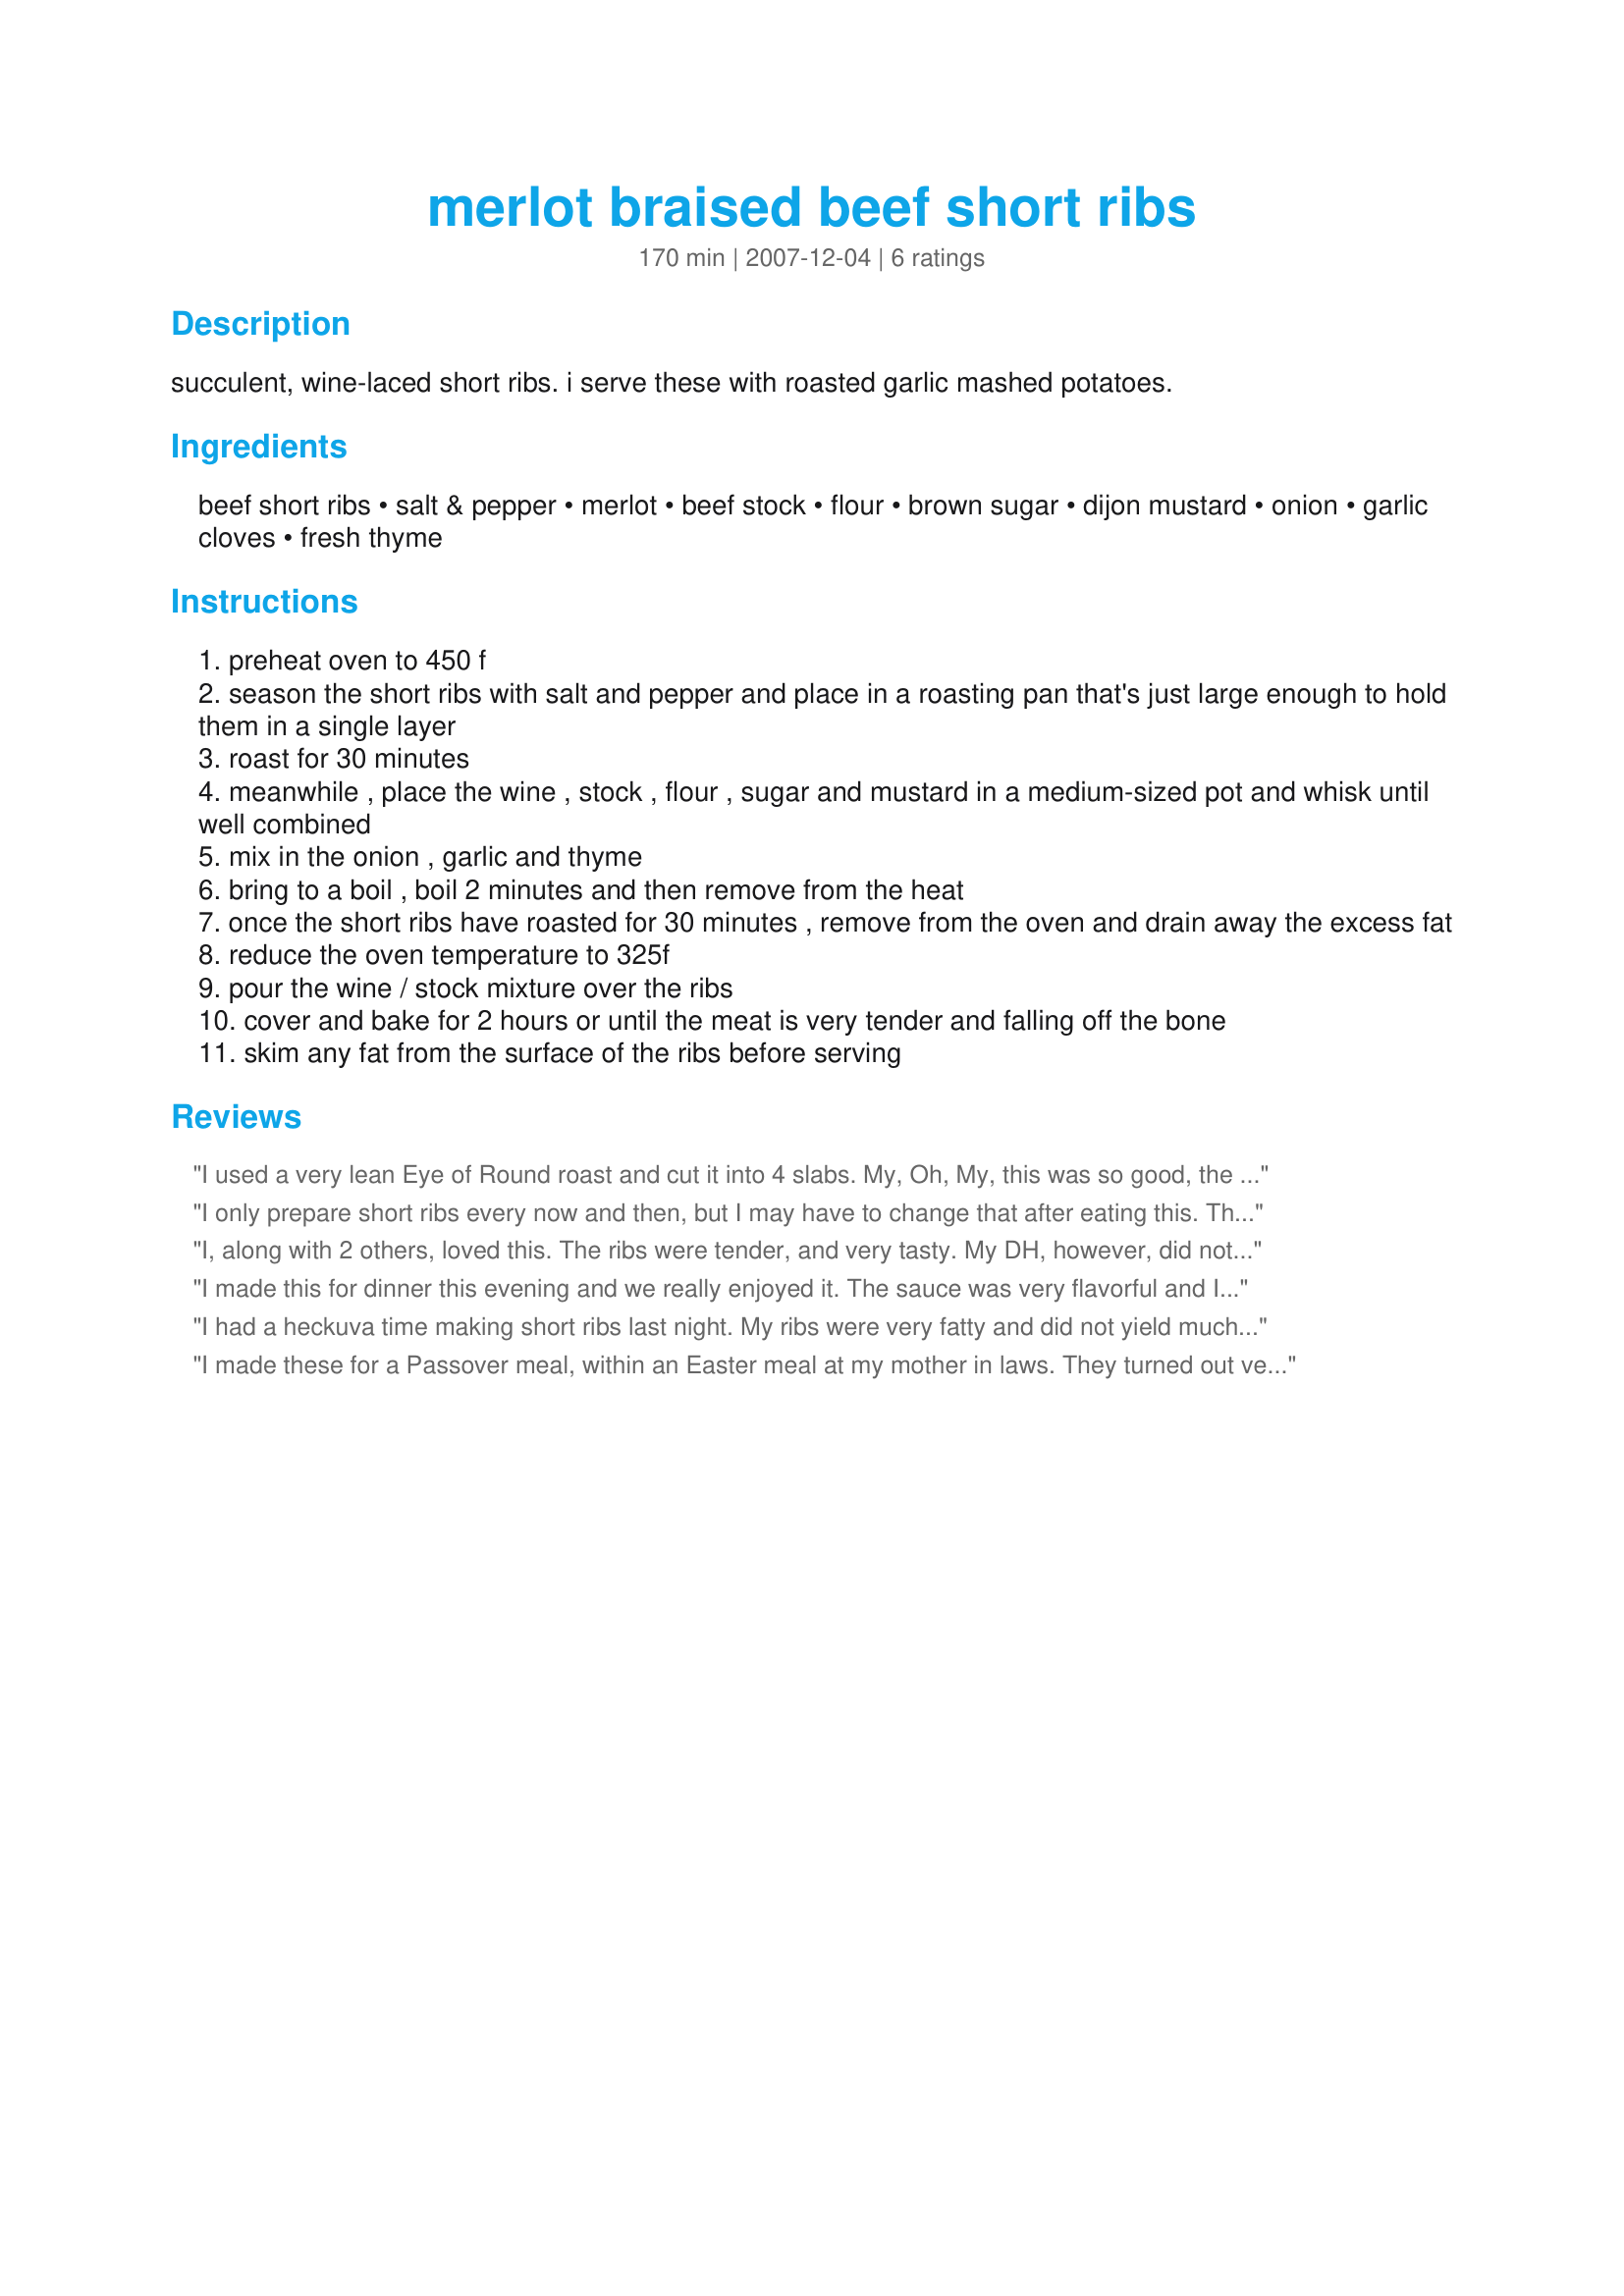
merlot braised beef short ribs
Preparation time: 170 minutes

succulent, wine-laced short ribs. i serve these with roasted garlic mashed potatoes.

Ingredients:
beef short ribs, salt & pepper, merlot, beef stock, flour, brown sugar, dijon mustard, onion, garlic cloves, fresh thyme

Steps:
preheat oven to 450 f
season the short ribs with salt and pepper and place in a roasting pan that's just large enough to hold them in a single layer
roast for 30 minutes
meanwhile , place the wine , stock , flour , sugar and mustard in a medium-sized pot and whisk until well combined
mix in the onion , garlic and thyme
bring to a boil , boil 2 minutes and then remove from the heat
once the short ribs have roasted for 30 minutes , remove from the oven and drain away the excess fat
reduce the oven temperature to 325f
pour the wine / stock mixture over the ribs
cover and bake for 2 hours or until the meat is very tender and falling off the bone
skim any fat from the surface of the ribs before serving

Reviews:
I used a very lean Eye of Round roast and cut it into 4 slabs. My, Oh, My, this was so good, the meat was tender and not a bit dry. Just really, really good!
I only prepare short ribs every now and then, but I may have to change that after eating this. The merlot sauce is OUTSTANDING...excellent taste and texture. Thanks for a really good recipe.
I, along with 2 others, loved this. The ribs were tender, and very tasty. My DH, however, did not care for it, simply because of the onions. Yes, I, the unsympathetic wife who knows he hates onion, did not omit them. This was easy to prepare and the house smelled divine while they were in the oven. I'll make again, just using onion powder instead of onion slices. Thanks for posting!
I made this for dinner this evening and we really enjoyed it. The sauce was very flavorful and I will definitely be making again.
Thanks for sharing.
I had a heckuva time making short ribs last night. My ribs were very fatty and did not yield much meat. About 1 1/2 hours into the cooking time, I noticed that my oven was off. I tried to braise on the stove, but by the time we ate, it was past 9:00 p.m. Overall, the flavors were good so this is a delicious recipe. Just make sure you have more than enough time to cook your short ribs.
I made these for a Passover meal, within an Easter meal at my mother in laws. They turned out very tasty, a little too saucy, but tender moist, travelled well and re-heated well. Definitely going to make these again.
